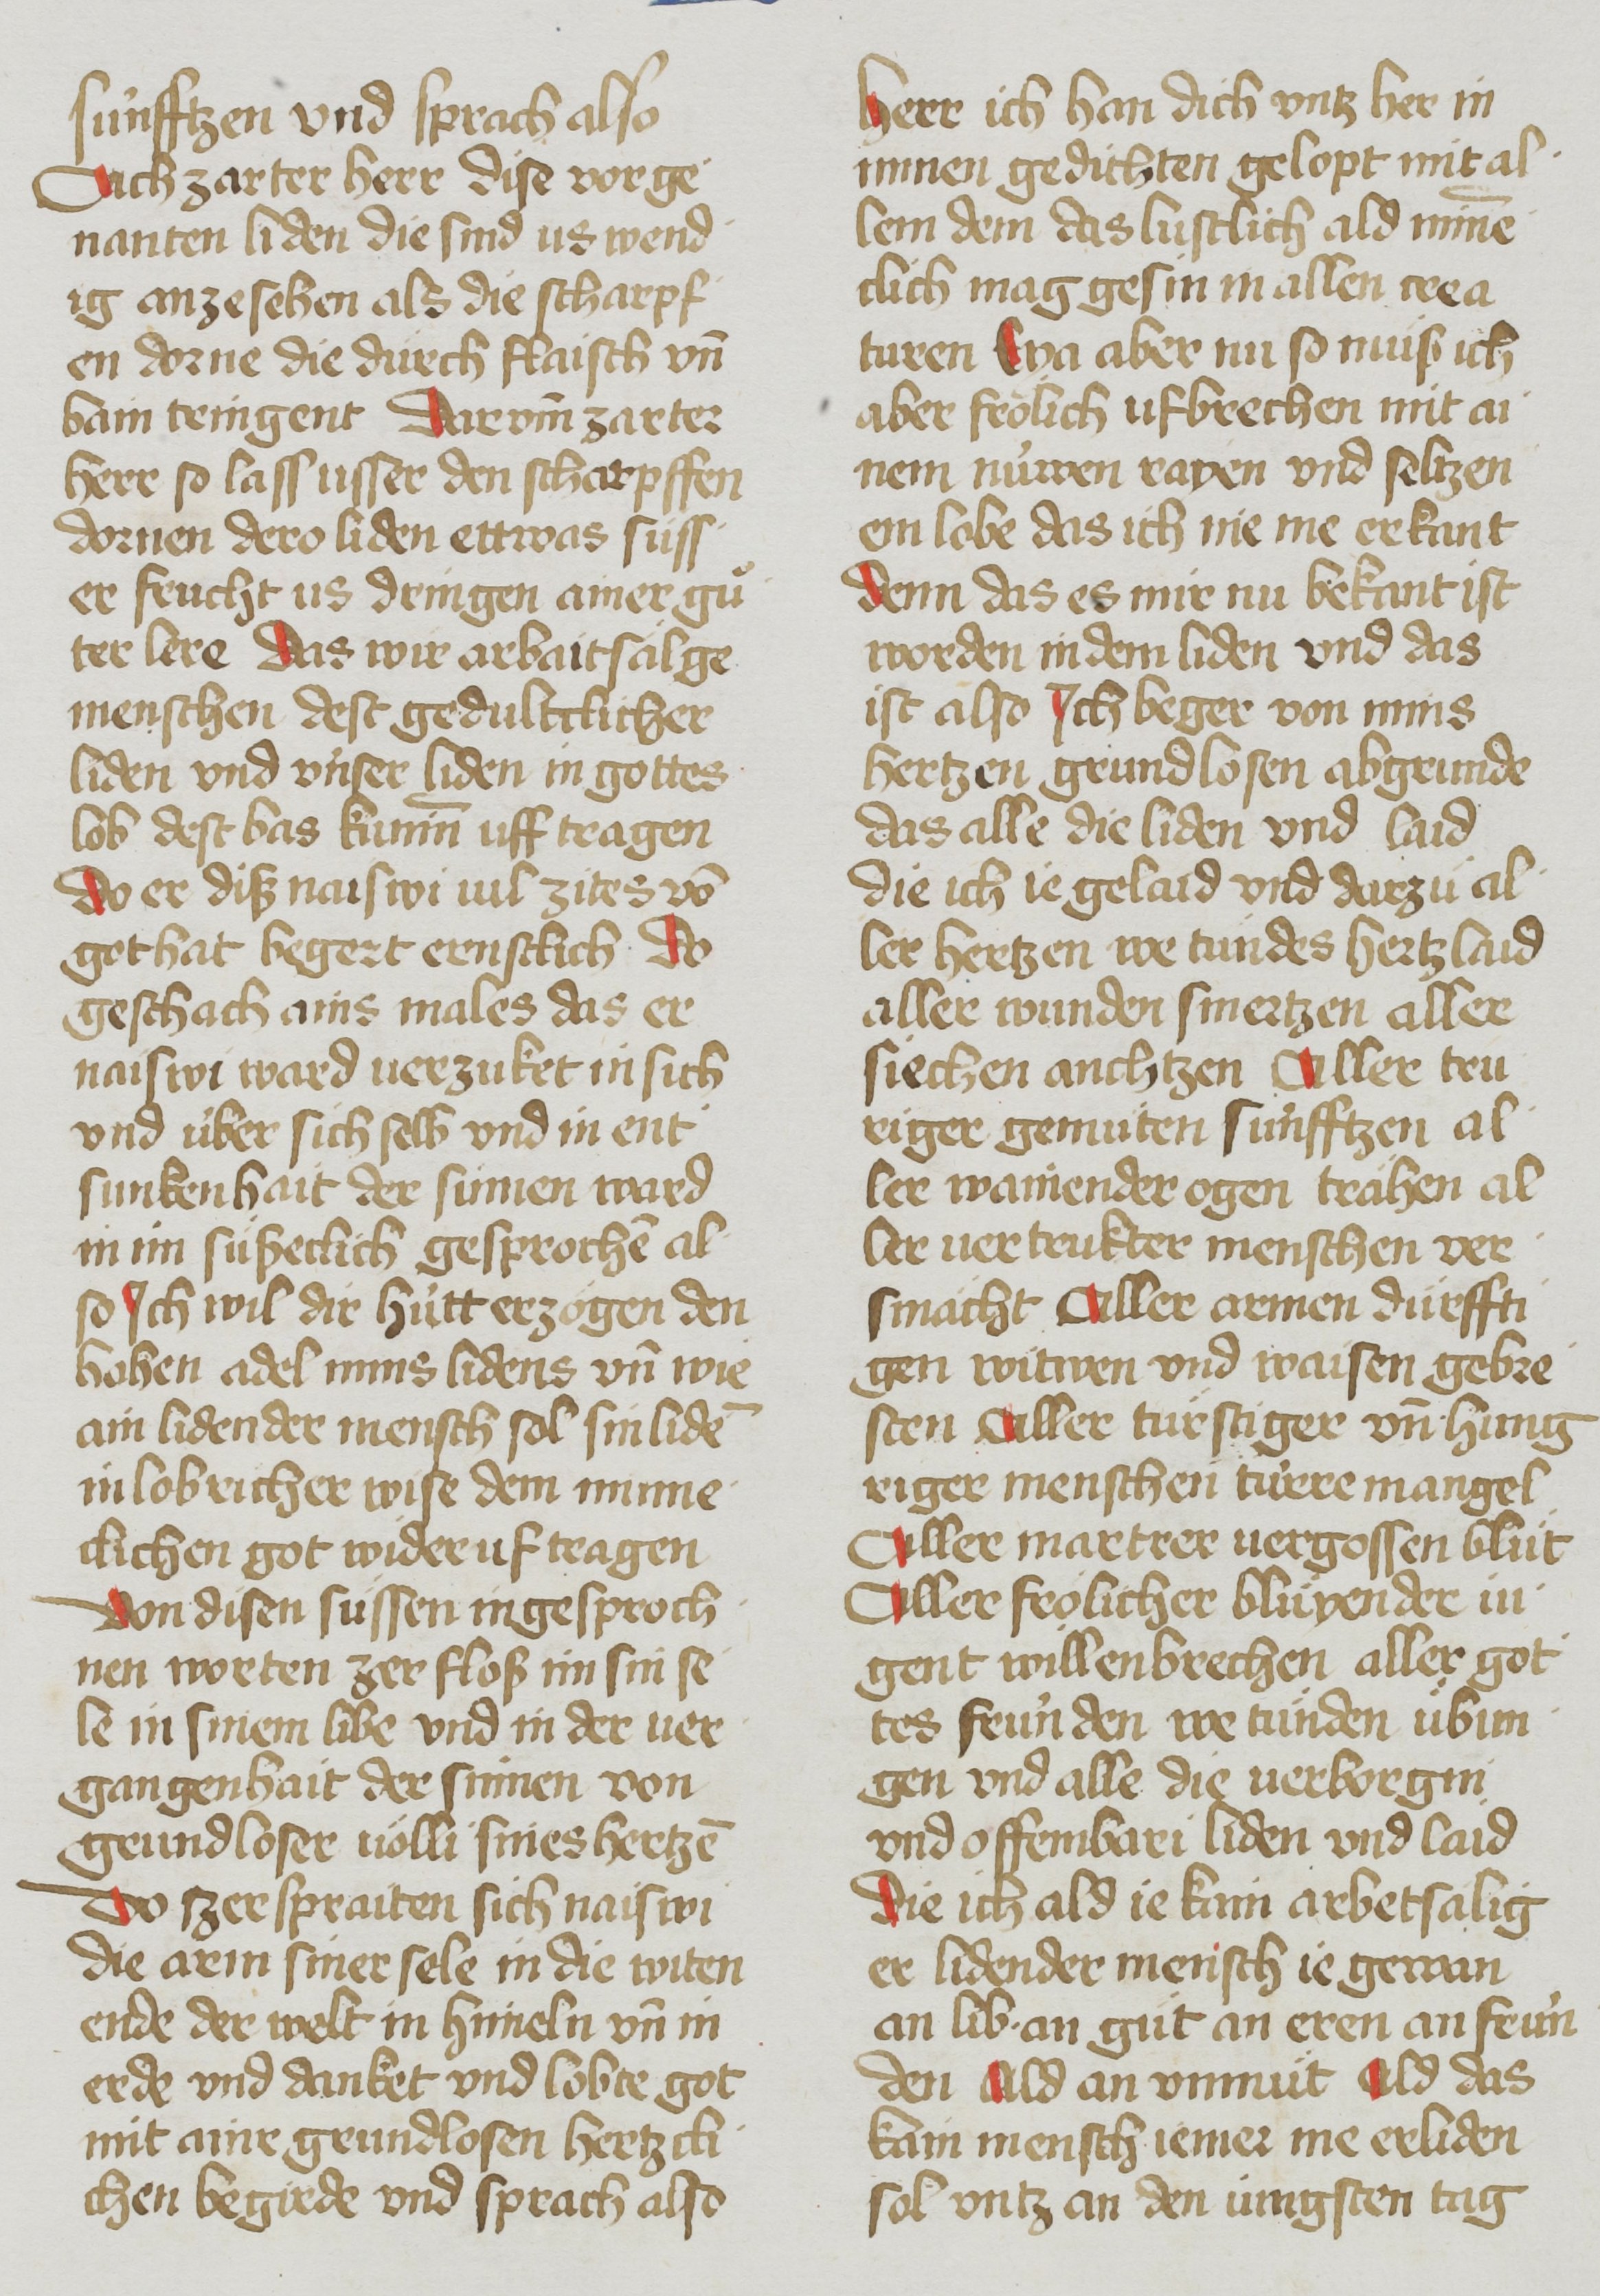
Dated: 1485–1495